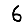
Digit: 6